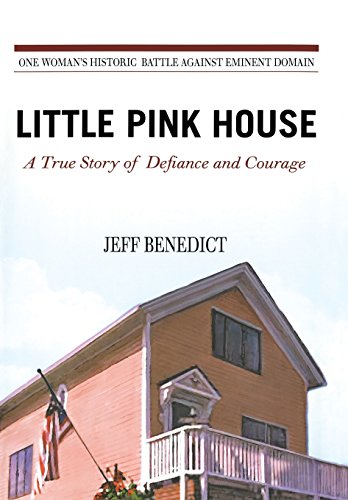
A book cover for Little Pink House: A True Story of Defiance and Courage; Jeff Benedict; Law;